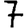
Digit: 7